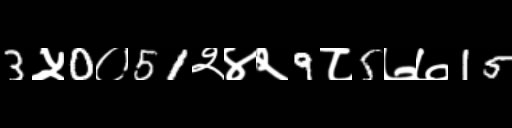
Text: 3५0०51२४२9८5७७15